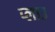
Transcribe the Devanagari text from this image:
प्लाउ